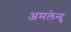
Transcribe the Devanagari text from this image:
अमलेन्दु